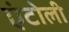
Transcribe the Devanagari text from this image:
एंटोली